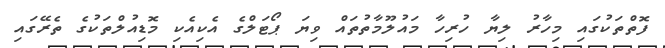
ފޮތްތަކުގައި މިހާރު ލިޔާ ހުރިހާ މައުލޫމާތުތައް ވިޔަ ޕޯޓަލްގެ އެކިއެކި މޮޑިއުލްތަކުގެ ތެރޭގައި